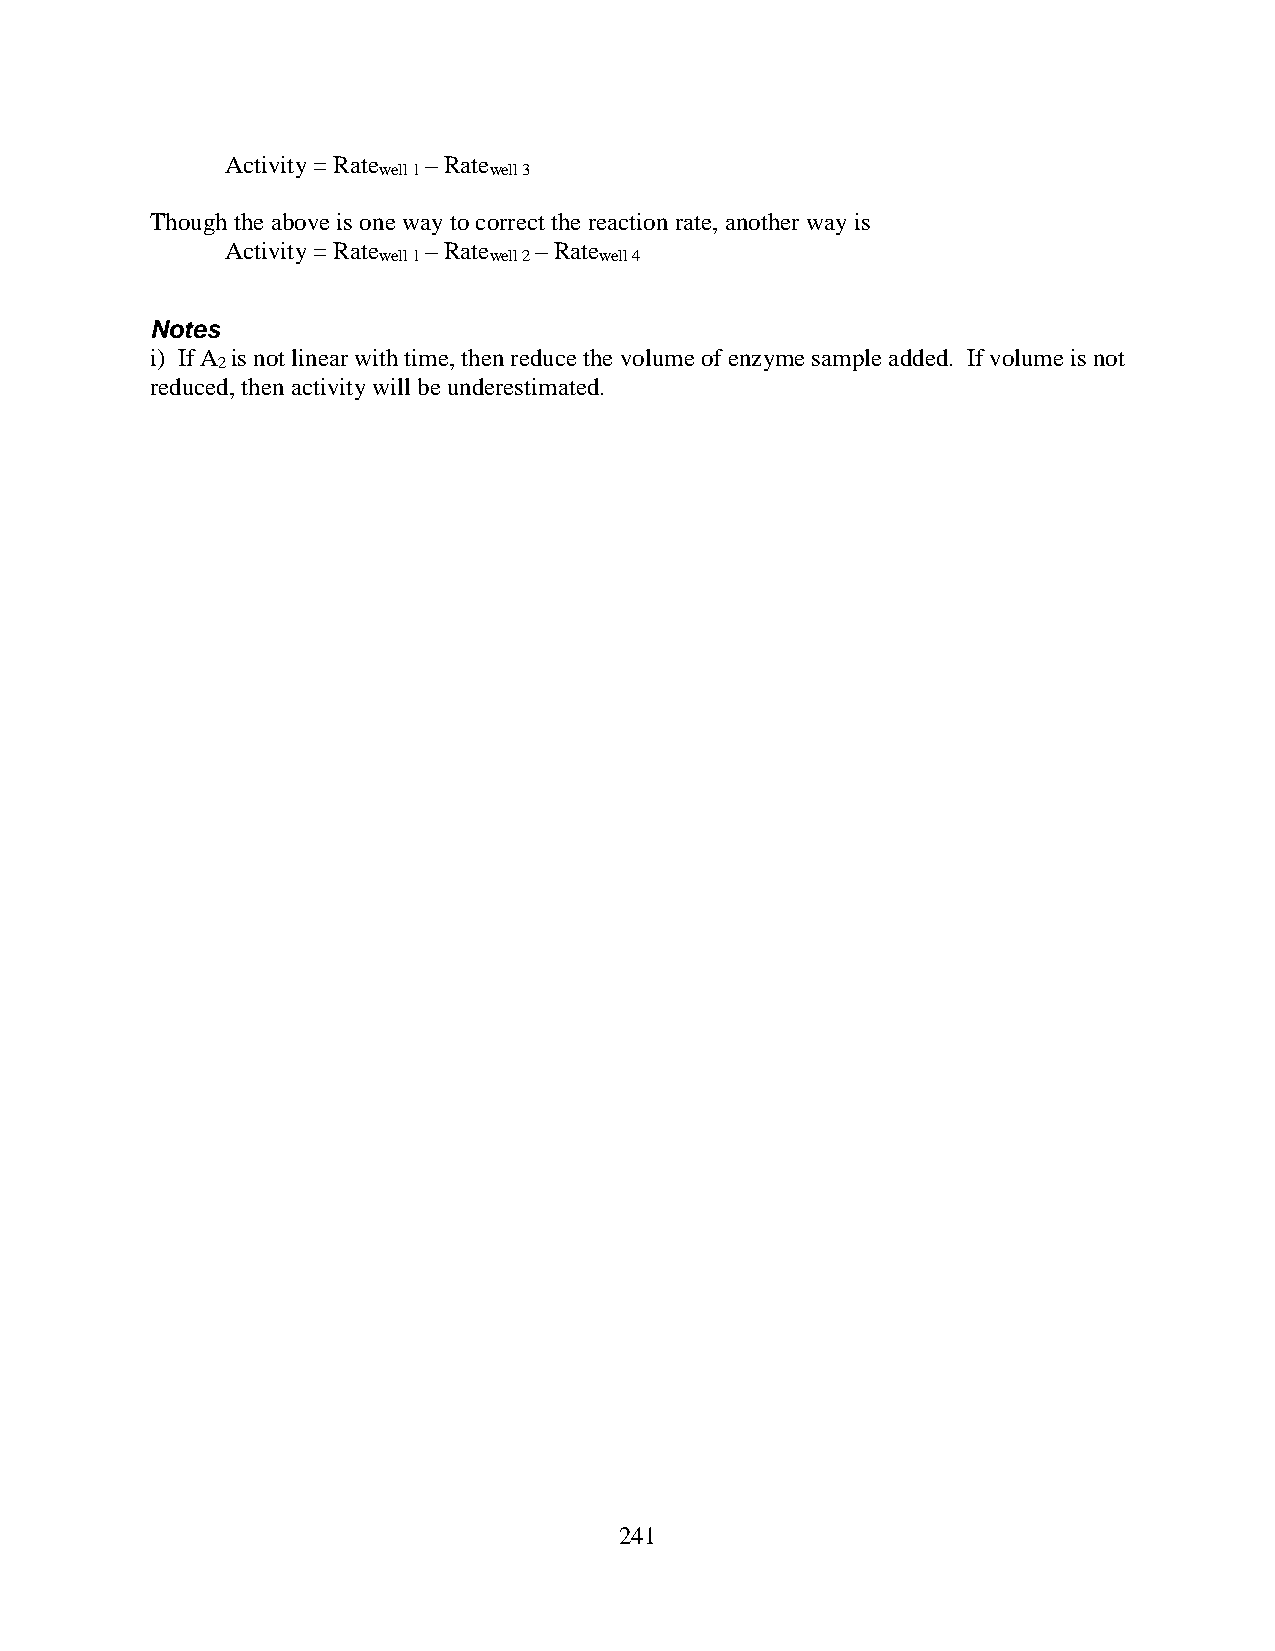
Activity = Rate – Rate
 well 1 well 3
 Though the above is one way to correct the reaction rate, another way is
 Activity = Rate – Rate – Rate
 well 1 well 2  well 4
 Notes
 i) If A is not linear with time, then reduce the volume of enzyme sample added. If volume is not
 2
 reduced, then activity will be underestimated.
 241